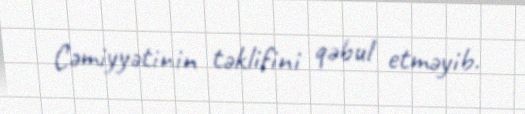
Cəmiyyətinin təklifini qəbul etməyib.